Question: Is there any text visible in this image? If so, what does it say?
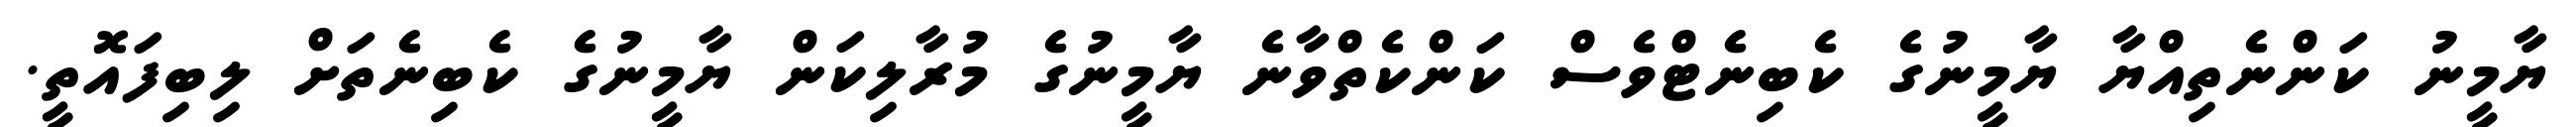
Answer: ޔާމީނު ކަންނެތިއްޔާ ޔާމީނުގެ ކެބިނެޓްވެސް ކަންކެތްވާނެ ޔާމީނުގެ މުރާލިކަން ޔާމީނުގެ ކެބިނެތަށް ލިބިފައޮތީ.